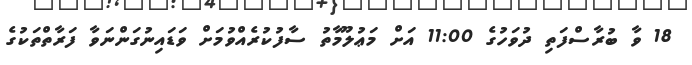
18 ވާ ބުރާސްފަތި ދުވަހުގެ 11:00 އަށް މަޢުލޫމާތު ސާފުކުރެއްވުމަށް ވަޑައިނުގަންނަވާ ފަރާތްތަކުގެ